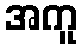
အကူ